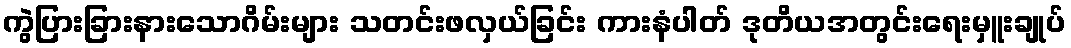
ကွဲပြားခြားနားသောဂိမ်းများ သတင်းဖလှယ်ခြင်း ကားနံပါတ် ဒုတိယအတွင်းရေးမှူးချုပ်